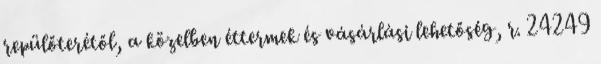
repülőterétől, a közelben éttermek és vásárlási lehetőség, r. 24249